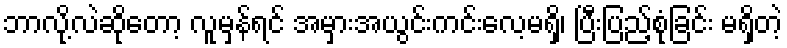
ဘာလို့လဲဆိုတော့ လူမှန်ရင် အမှားအယွင်းကင်းလေ့မရှိ၊ ပြီးပြည့်စုံခြင်း မရှိတဲ့